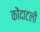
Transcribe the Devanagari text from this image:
कोंदाटली